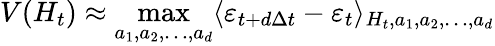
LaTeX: V(H_{t})\approx\operatorname*{max}_{a_{1},a_{2},\dots,a_{d}}\langle\varepsilon_{t+d\Delta t}-\varepsilon_{t}\rangle_{H_{t},a_{1},a_{2},\dots,a_{d}}